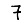
Digit: 7